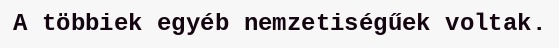
A többiek egyéb nemzetiségűek voltak.